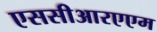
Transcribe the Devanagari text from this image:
एससीआरएएम